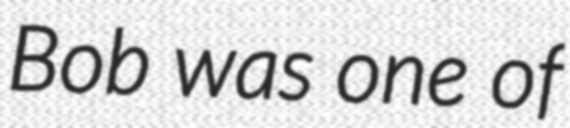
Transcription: Bob was one of